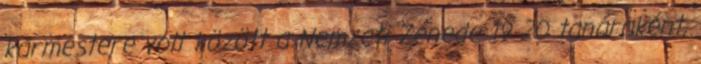
karmestere volt között a Nemzeti Zenede 19 20 tanáraként,